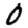
Digit: 0